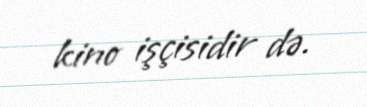
kino işçisidir də.